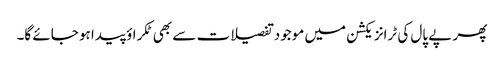
پھر پے پال کی ٹرانزیکشن میں موجود تفصیلات سے بھی ٹکراؤ پیدا ہو جائے گا۔